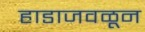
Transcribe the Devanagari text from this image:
हाडाजवळून